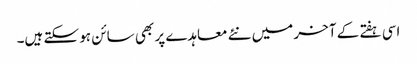
اسی ہفتے کے آخر میں نئے معاہدے پر بھی سائن ہو سکتے ہیں۔